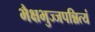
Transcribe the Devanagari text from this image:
भैक्षभुज्जपन्नित्यं